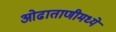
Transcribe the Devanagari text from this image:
ओढाताणीमध्ये